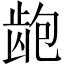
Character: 龅